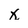
Character: x